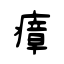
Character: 瘴